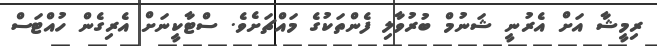
ރިމީޝާ އަށް އެރުނީ ޝަނުމް ބުރުވާލި ފެންތަކުގެ މައްޗަށެވެ. ސްޓާކީނަށް އެރިގެން ހުއްޓަސް